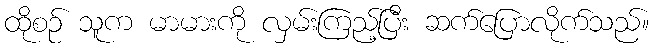
ထိုစဉ် သူက မာမားကို လှမ်းကြည့်ပြီး ဆက်ပြောလိုက်သည်။